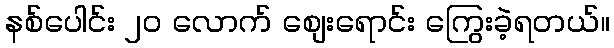
နစ်ပေါင်း ၂၀ လောက် စျေးရောင်း ကြွေးခဲ့ရတယ်။